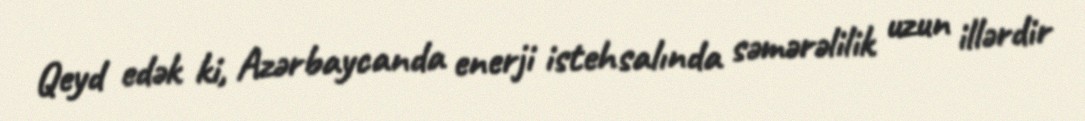
Qeyd edək ki, Azərbaycanda enerji istehsalında səmərəlilik uzun illərdir